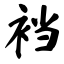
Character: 裆